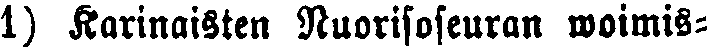
1) Karinaisten Nuorisoseuran woimis-